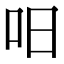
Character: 𠯐